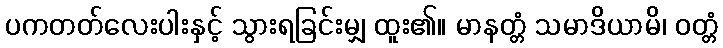
ပကတတ်လေးပါးနှင့် သွားရခြင်းမျှ ထူး၏။ မာနတ္တံ သမာဒိယာမိ၊ ဝတ္တံ